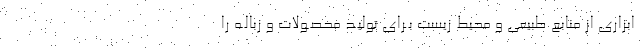
ابزاری از منابع طبیعی و محیط زیست بـرای تولیـد محصـولات و زبالـه را